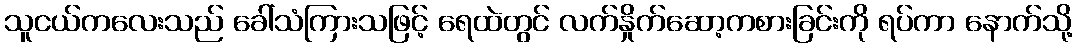
သူငယ်ကလေးသည် ခေါ်သံကြားသဖြင့် ရေထဲတွင် လက်နှိုက်ဆော့ကစားခြင်းကို ရပ်ကာ နောက်သို့